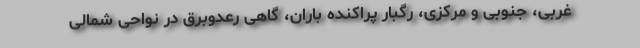
غربی، جنوبی و مرکزی، رگبار پراکنده باران، گاهی رعدوبرق در نواحی شمالی